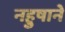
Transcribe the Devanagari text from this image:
नहुषाने